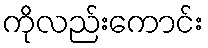
ကိုလည်းကောင်း